Report on vaccination in the Province of Bengal - 1869-1873
Year: 1869
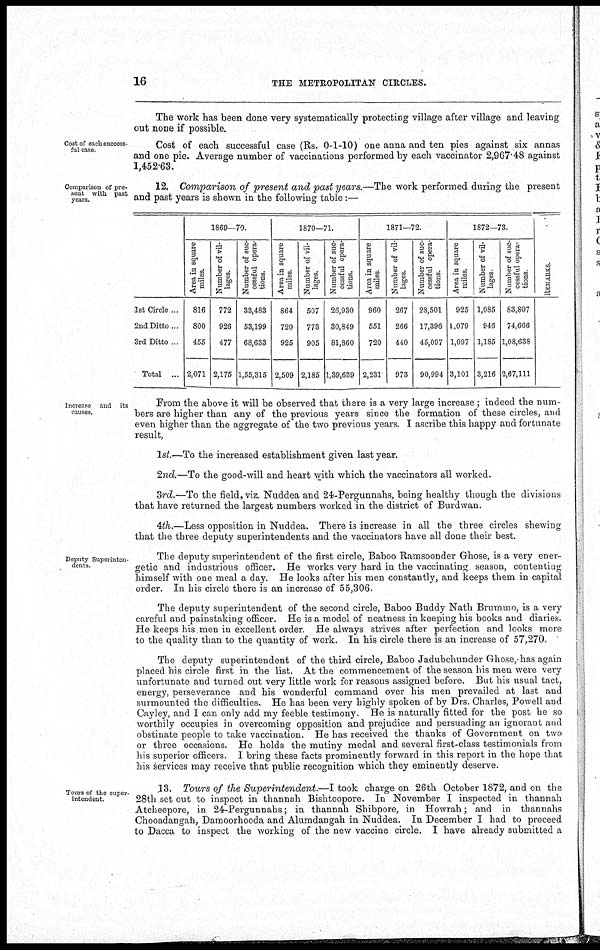
16
THE METROPOLITAN CIRCLES.
The work has been done very systematically protecting village after village and leaving
out none if possible.
Cost of each success
ful case
Cost of each successful case (Rs. 0-1-10) one anna and ten pies against six annas
and one pie. Average number of vaccinations performed by each vaccinator 2,967.48 against
1,452.63.
Comparison of pre-
sent with past
years.
12. Comparison of present and past years.—The work performed during the present
and past years is shewn in the following table:—
1st Circle ...
2nd Ditto...
3rd Ditto ...
Total ...
1869—70.
Area in square
miles.
816
800
455
2,071
Number of vil-
lages.
772
926
477
2,175
Number of suc-
cessful opera-
tions.
33,483
53,199
68,633
1,55,315
1870—71.
Area in square
miles.
864
720
925
2,509
Number of vil-
lages.
507
773
905
2,185
Number of suc-
cessful opera-
tions.
26,930
30,849
81,860
1,39,639
1871—72.
Area in square
miles.
960
551
720
2,231
Number of vil-
lages.
267
266
440
973
Number of suc-
cessful opera-
tions.
28,501
17,396
45,097
90,994
1872—73.
Area in square
miles.
925
1,079
1,097
3,101
Number of vil-
lages.
1,085
946
1,185
3,216
Number of suc-
cessful opera-
tions.
83,807
74,666
1,08,638
2,67,111
REMARKS.
Increase and its
causes.
From the above it will be observed that there is a very large increase ; indeed the num-
bers are higher than any of the previous years since the formation of these circles, and
even higher than the aggregate of the two previous years. I ascribe this happy and fortunate
result,
1st.—To the increased establishment given last year.
2nd.—To the good-will and heart with which the vaccinators all worked.
3rd.—To the field, viz. Nuddea and 24-Pergunnahs, being healthy though the divisions
that have returned the largest numbers worked in the district of Burdwan.
4 th.—Less opposition in Nuddea. There is increase in all the three circles shewing
that the three deputy superintendents and the vaccinators have all done their best.
Deputy Superinten-
dents.
The deputy superintendent of the first circle, Baboo Ramsoonder Ghose, is a very ener-
getic and industrious officer. He works very hard in the vaccinating season, contenting
himself with one meal a day. He looks after his men constantly, and keeps them in capital
order. In his circle there is an increase of 55,306.
The deputy superintendent of the second circle, Baboo Buddy Nath Brummo, is a very
careful and painstaking officer. He is a model of neatness in keeping his books and diaries.
He keeps his men in excellent order. He always strives after perfection and looks more
to the quality than to the quantity of work. In his circle there is an increase of 57,270.
The deputy superintendent of the third circle, Baboo Jadubchunder Ghose, has again
placed his circle first in the list. At the commencement of the season his men were very
unfortunate and turned out very little work for reasons assigned before. But his usual tact,
energy, perseverance and his wonderful command over his men prevailed at last and
surmounted the difficulties. He has been very highly spoken of by Drs. Charles, Powell and
Cayley, and I can only add my feeble testimony. He is naturally fitted for the post he so
worthily occupies in overcoming opposition and prejudice and persuading an ignorant and
obstinate people to take vaccination. He has received the thanks of Government on two
or three occasions. He holds the mutiny medal and several first-class testimonials from
his superior officers. I bring these facts prominently forward in this report in the hope that
his services may receive that public recognition which they eminently deserve.
Tours of the super-
intendent.
13. Tours of the Superintendent.—I took charge on 26th October 1872, and on the
28th set out to inspect in thannah Bishtoopore. In November I inspected in thannah
Atcheepore, in 24-Pergunnahs; in thannah Shibpore, in Howrah; and in thannahs
Chooadangah, Damoorhooda and Alumdangah in Nuddea. In December I had to proceed
to Dacca to inspect the working of the new vaccine circle. I have already submitted a